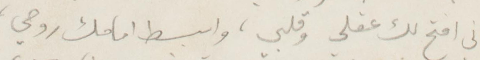
اني افتح لك عقلي وقلبي وابسط امامك روحي